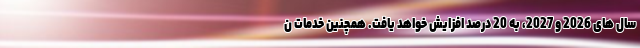
سال های 2026 و 2027، به 20 درصد افزایش خواهد یافت. همچنین خدمات ن